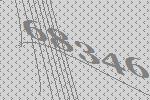
68346